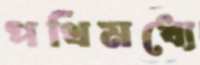
পথিমধ্যে